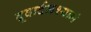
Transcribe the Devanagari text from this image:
दूवार्दलश्यामं